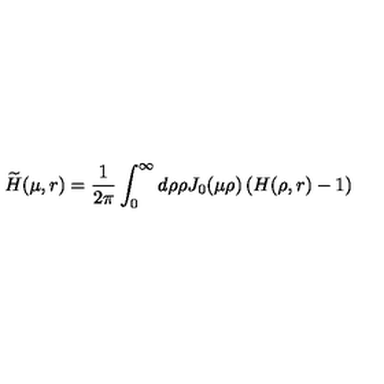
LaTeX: \widetilde { H } ( \mu , r ) = \frac { 1 } { 2 \pi } \int _ { 0 } ^ { \infty } d \rho \rho J _ { 0 } ( \mu \rho ) \left( H ( \rho , r ) - 1 \right)